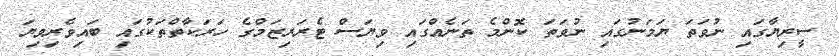
ސީރިޔާގައި ނުވަތަ ޔަމަނުގައި ނުވަތަ ކޮންމެ ތަނެއްގައި ވިޔަސް ޓެރަރިޒަމްގެ ހަރަކާތްތަކުގައި ބައިވެރިވިޔަ